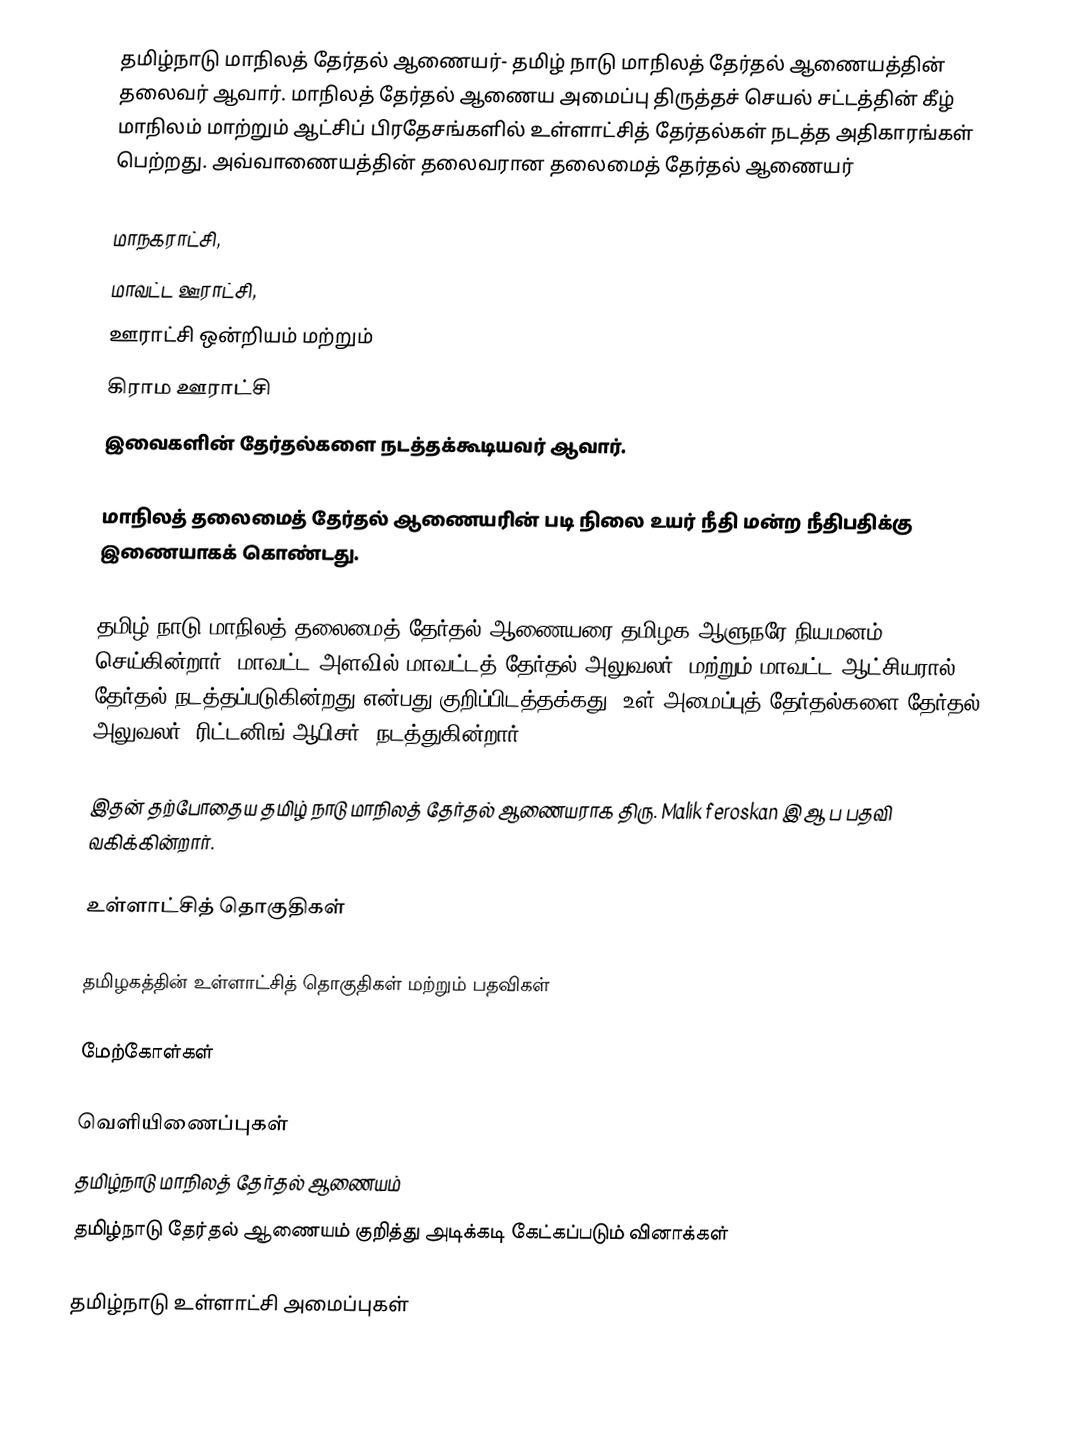
தமிழ்நாடு மாநிலத் தேர்தல் ஆணையர்- தமிழ் நாடு மாநிலத் தேர்தல் ஆணையத்தின் தலைவர் ஆவார். மாநிலத் தேர்தல் ஆணைய அமைப்பு  திருத்தச் செயல் சட்டத்தின் கீழ் மாநிலம் மாற்றும் ஆட்சிப் பிரதேசங்களில் உள்ளாட்சித் தேர்தல்கள் நடத்த அதிகாரங்கள் பெற்றது. அவ்வாணையத்தின்  தலைவரான தலைமைத் தேர்தல் ஆணையர்

மாநகராட்சி,
மாவட்ட ஊராட்சி,
ஊராட்சி ஒன்றியம் மற்றும்
கிராம ஊராட்சி
இவைகளின்  தேர்தல்களை நடத்தக்கூடியவர் ஆவார்.

மாநிலத் தலைமைத் தேர்தல் ஆணையரின் படி நிலை உயர் நீதி மன்ற நீதிபதிக்கு இணையாகக் கொண்டது.

தமிழ் நாடு மாநிலத் தலைமைத் தேர்தல் ஆணையரை தமிழக ஆளுநரே நியமனம் செய்கின்றார். மாவட்ட அளவில் மாவட்டத் தேர்தல் அலுவலர், மற்றும் மாவட்ட ஆட்சியரால் தேர்தல்  நடத்தப்படுகின்றது என்பது குறிப்பிடத்தக்கது. உள் அமைப்புத் தேர்தல்களை தேர்தல் அலுவலர்  (ரிட்டனிங் ஆபிசர்) நடத்துகின்றார்.

இதன் தற்போதைய தமிழ் நாடு மாநிலத் தேர்தல் ஆணையராக திரு. Malik feroskan  இ ஆ ப  பதவி வகிக்கின்றார்.

உள்ளாட்சித் தொகுதிகள்

தமிழகத்தின் உள்ளாட்சித் தொகுதிகள் மற்றும் பதவிகள்

மேற்கோள்கள்

வெளியிணைப்புகள்
தமிழ்நாடு மாநிலத் தேர்தல் ஆணையம்
தமிழ்நாடு தேர்தல் ஆணையம் குறித்து  அடிக்கடி கேட்கப்படும் வினாக்கள்

தமிழ்நாடு உள்ளாட்சி அமைப்புகள்